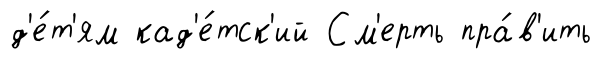
д'е́т'ям кад'е́тск'ий См'ерть пра́в'ить